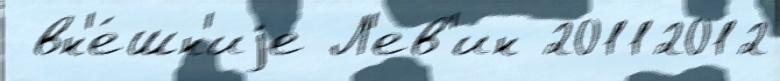
 вн'е́шн'иjе Л'ев'ин 20112012